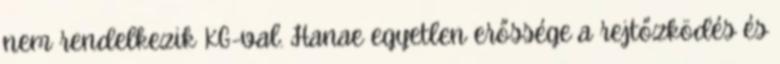
nem rendelkezik KG-val. Hanae egyetlen erőssége a rejtőzködés és